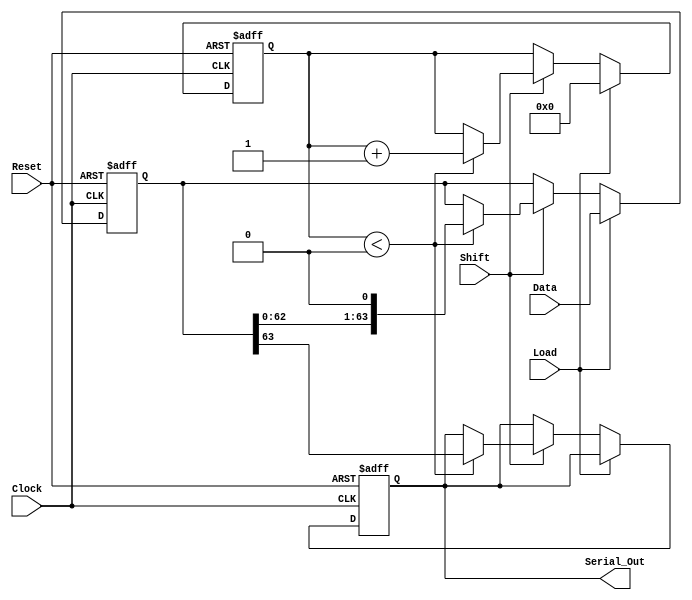
module PISO_64bit (
    input wire [63:0] Data,      // Parallel input data
    input wire Load,             // Load control signal
    input wire Shift,            // Shift control signal
    input wire Clock,            // Clock signal
    input wire Reset,            // Asynchronous reset signal
    output reg Serial_Out        // Serial output
);

    reg [63:0] shift_reg;        // 64-bit shift register
    reg [5:0] shift_counter;     // 6-bit counter for tracking shifts

    always @(posedge Clock or posedge Reset) begin
        if (Reset) begin
            // Asynchronous reset
            shift_reg <= 64'b0;
            shift_counter <= 6'b0;
            Serial_Out <= 1'b0;
        end else begin
            if (Load) begin
                // Load data into the shift register
                shift_reg <= Data;
                shift_counter <= 6'b0; // Reset counter on load
            end else if (Shift) begin
                // Shift operation
                if (shift_counter < 6'd64) begin
                    Serial_Out <= shift_reg[63]; // Output MSB
                    shift_reg <= {shift_reg[62:0], 1'b0}; // Shift left
                    shift_counter <= shift_counter + 1; // Increment counter
                end
            end
        end
    end

endmodule